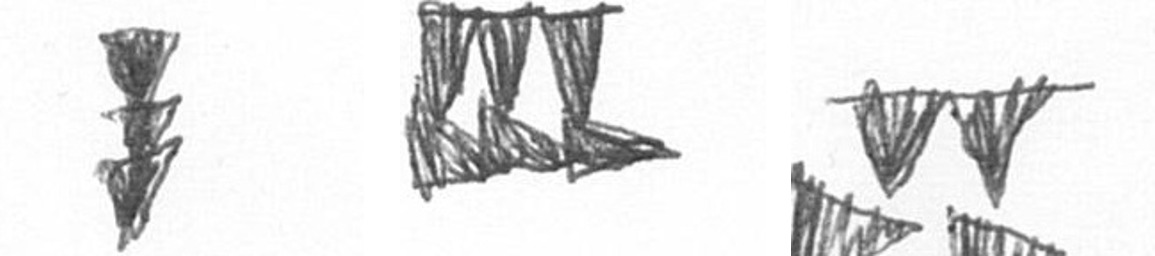
E D B